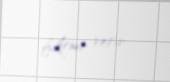
fikrini verir.